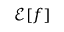
\mathcal { E } [ f ]